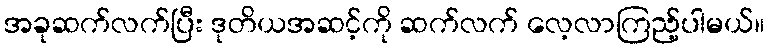
အခုဆက်လက်ပြီး ဒုတိယအဆင့်ကို ဆက်လက် လေ့လာကြည့်ပါမယ်။